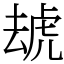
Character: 䖔